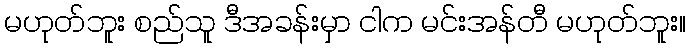
မဟုတ်ဘူး စည်သူ ဒီအခန်းမှာ ငါက မင်းအန်တီ မဟုတ်ဘူး။